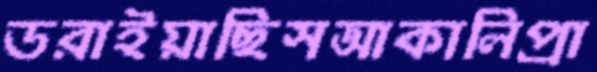
ডরাইয়াছিসআকালিপ্রা